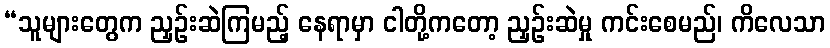
“သူများတွေက ညှဉ်းဆဲကြမည့် နေရာမှာ ငါတို့ကတော့ ညှဉ်းဆဲမှု ကင်းစေမည်၊ ကိလေသာ